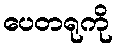
ပေတရုကို